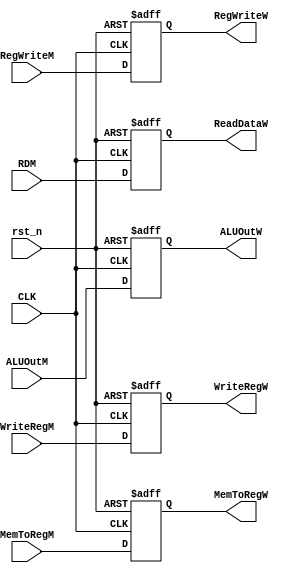
//register connecting the memory and write back stages
module RegW(
input               CLK,rst_n,
input   [31:0]      ALUOutM,
input   [31:0]      RDM,
input   [4:0]       WriteRegM,
input               RegWriteM,
input               MemToRegM,
output reg          RegWriteW,
output reg          MemToRegW,
output reg [31:0]   ReadDataW,
output reg [31:0]   ALUOutW,
output reg [4:0]    WriteRegW
);

always@(posedge CLK or negedge rst_n)
begin
    if (!rst_n)
    begin
    WriteRegW <= 5'b0;
    RegWriteW <= 1'b0;
    MemToRegW <= 1'b0;
    ALUOutW   <= 32'b0;
    ReadDataW <= 32'b0;
    end
   else
    begin
    WriteRegW <= WriteRegM;
    RegWriteW <= RegWriteM;
    MemToRegW <= MemToRegM;
    ALUOutW   <= ALUOutM;
    ReadDataW <= RDM;
    end
end

endmodule